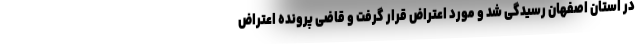
در استان اصفهان رسیدگی شد و مورد اعتراض قرار گرفت و قاضی پرونده اعتراض